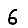
Digit: 6